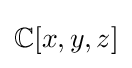
\mathbb {C} [x,y,z]